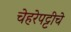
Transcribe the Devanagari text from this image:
चेहरेपट्टीचे